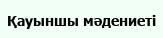
Қауыншы мәдениеті